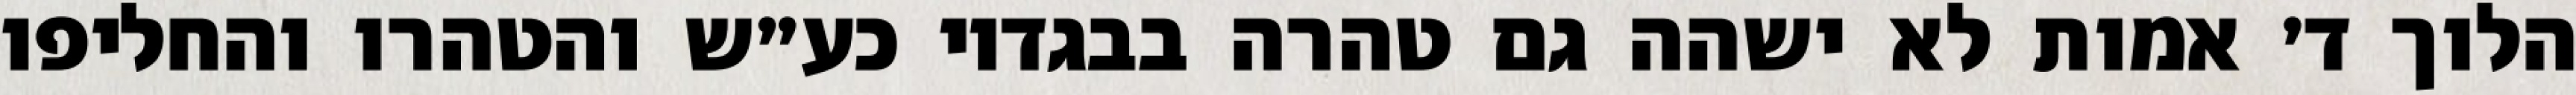
הלוך ד׳ אמות לא ישהה גם טהרה בבגדיו כע״ש והטהרו והחליפו